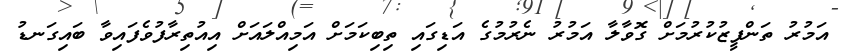
އަމުރު ތަންފީޒުކުރުމަށް ގޮވާލާ އަމުރު ނެރުމުގެ އަޑިގައި ތިބިކަމަށް އަމިއްލައަށް އިއުތިރާފުވެފައިވާ ބައިގަނޑު